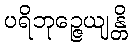
ပရိဘုဉ္ဇေယျန္တိ